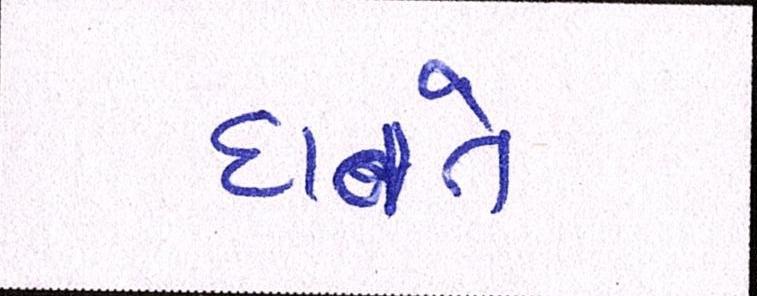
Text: દાવતે